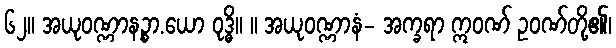
၆၂။ အယုဝဏ္ဏာနဉ္စာ.ယော ဝုဒ္ဓိ။ ။ အယုဝဏ္ဏာနံ- အက္ခရာ ဣဝဏ် ဥဝဏ်တို့၏၊